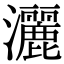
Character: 灑